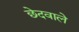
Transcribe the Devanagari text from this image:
छेदवाले